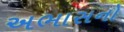
અભાસનો